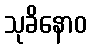
သုခိနောဝ